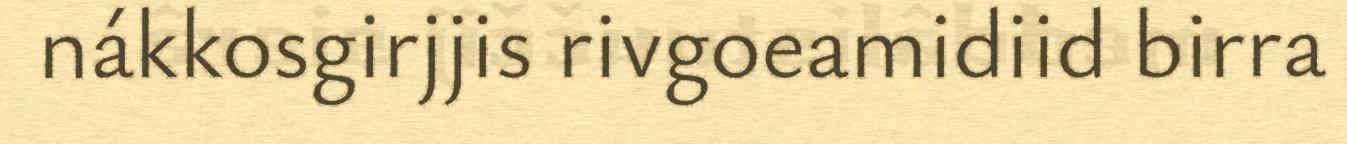
nákkosgirjjis rivgoeamidiid birra